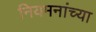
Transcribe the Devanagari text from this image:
नियमनांच्या